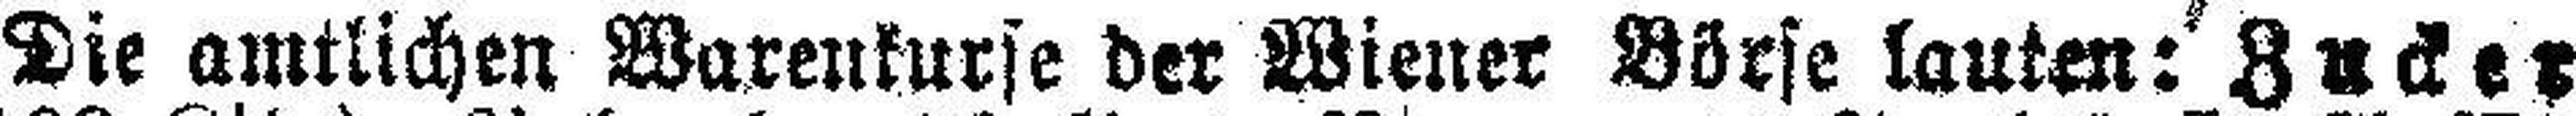
Die amtlichen Warenkurse der Wiener Börse lauten: Zucker